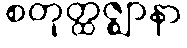
စတုတ္ထဇ္ဈာနာ